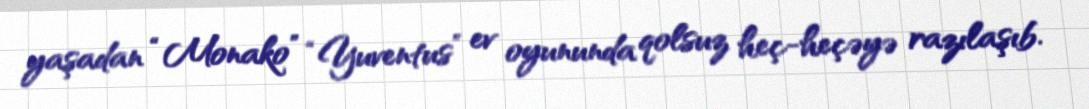
yaşadan “Monako” “Yuventus” ev oyununda qolsuz heç-heçəyə razılaşıb.